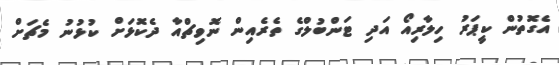
އެގޮތުން ކީޕަރު ހިލާރިއޯ އަދި ޓަންބުލްގެ ތެރެއިން ނޮވިޗްއާ ދެކޮޅަށް ކުޅުނު މެޗަށް